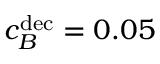
c _ { B } ^ { \mathrm { d e c } } = 0 . 0 5